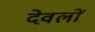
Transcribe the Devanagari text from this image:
देवलों